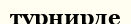
турнирде